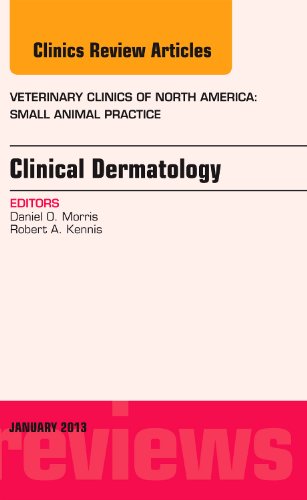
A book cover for Clinical Dermatology, An Issue of Veterinary Clinics: Small Animal Practice, 1e (The Clinics: Veterinary Medicine); Daniel O. Morris DVM  MPH; Medical Books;